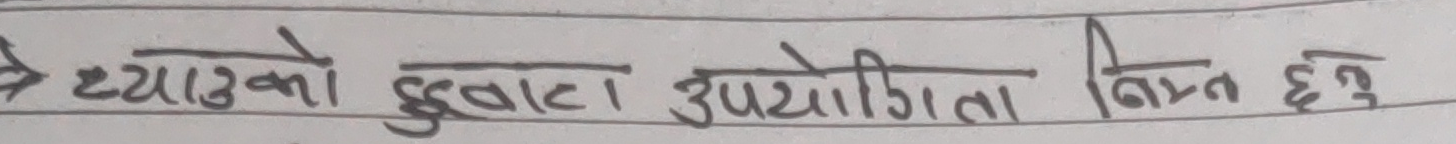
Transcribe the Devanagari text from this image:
ब्याउको दुईवटा उपयोगिता विस्तृत हुनु